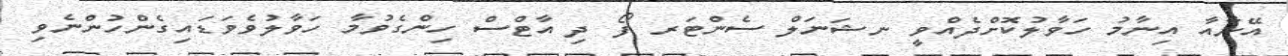
އޭނާއާ އިނާމު ހަވާލުކޮށްދެއްވީ ނޝަނަލް ސެންޓަރ ފޯ ދި އާޓްސް ހިންގެވުމާ ހަވާލުވެވަޑައިގެންހުންނެވި